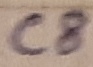
Text: C8